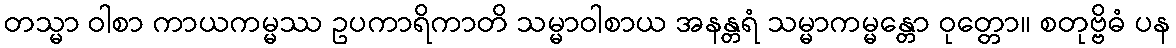
တသ္မာ ဝါစာ ကာယကမ္မဿ ဥပကာရိကာတိ သမ္မာဝါစာယ အနန္တရံ သမ္မာကမ္မန္တော ဝုတ္တော။ စတုဗ္ဗိဓံ ပန